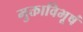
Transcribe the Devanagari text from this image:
मुक्ताविभूषं